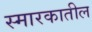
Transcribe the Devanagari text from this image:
स्मारकातील